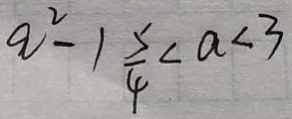
a ^ { 2 } - 1 \frac { 5 } { 4 } < a < 3